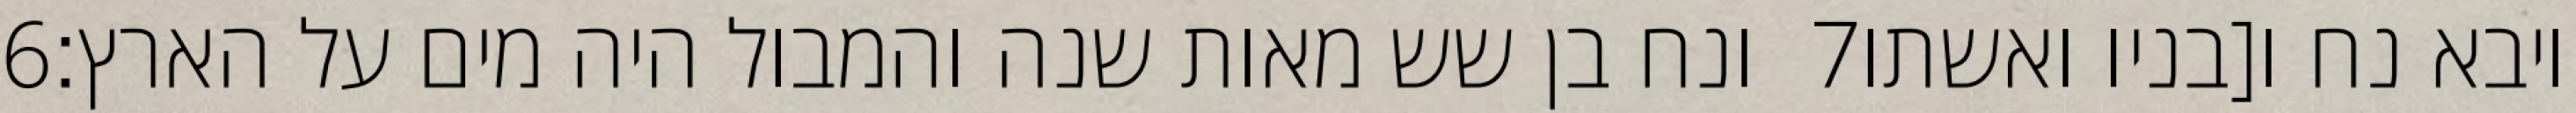
‎6‏ ונח בן שש מאות שנה והמבול היה מים על הארץ׃ ‎7‏ ויבא נח ו[בניו ואשתו